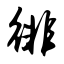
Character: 徘